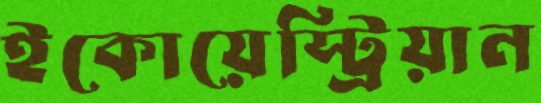
ইকোয়েস্ট্রিয়ান